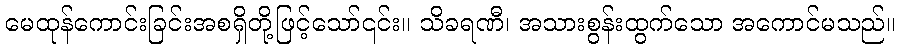
မေထုန်ကောင်းခြင်းအစရှိတို့ဖြင့်သော်၎င်း။ သိခရဏီ၊ အသားစွန်းထွက်သော အကောင်မသည်။